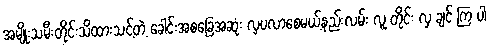
အမျိုးသမီးတိုင်းသိထားသင့်တဲ့ ခေါင်းအစခြေအဆုံး လှပလာစေမယ့်နည်းလမ်း လူ တိုင်း လှ ချင် ကြ ပါ